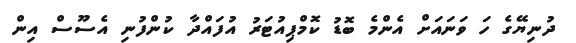
ދުނިޔޭގެ ހަ ވަނައަށް އެންމެ ބޮޑު ކޮމްޕިއުޓަރު އުފައްދާ ކުންފުނި އެސޫސް އިން